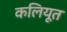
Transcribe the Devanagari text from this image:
कलियूत